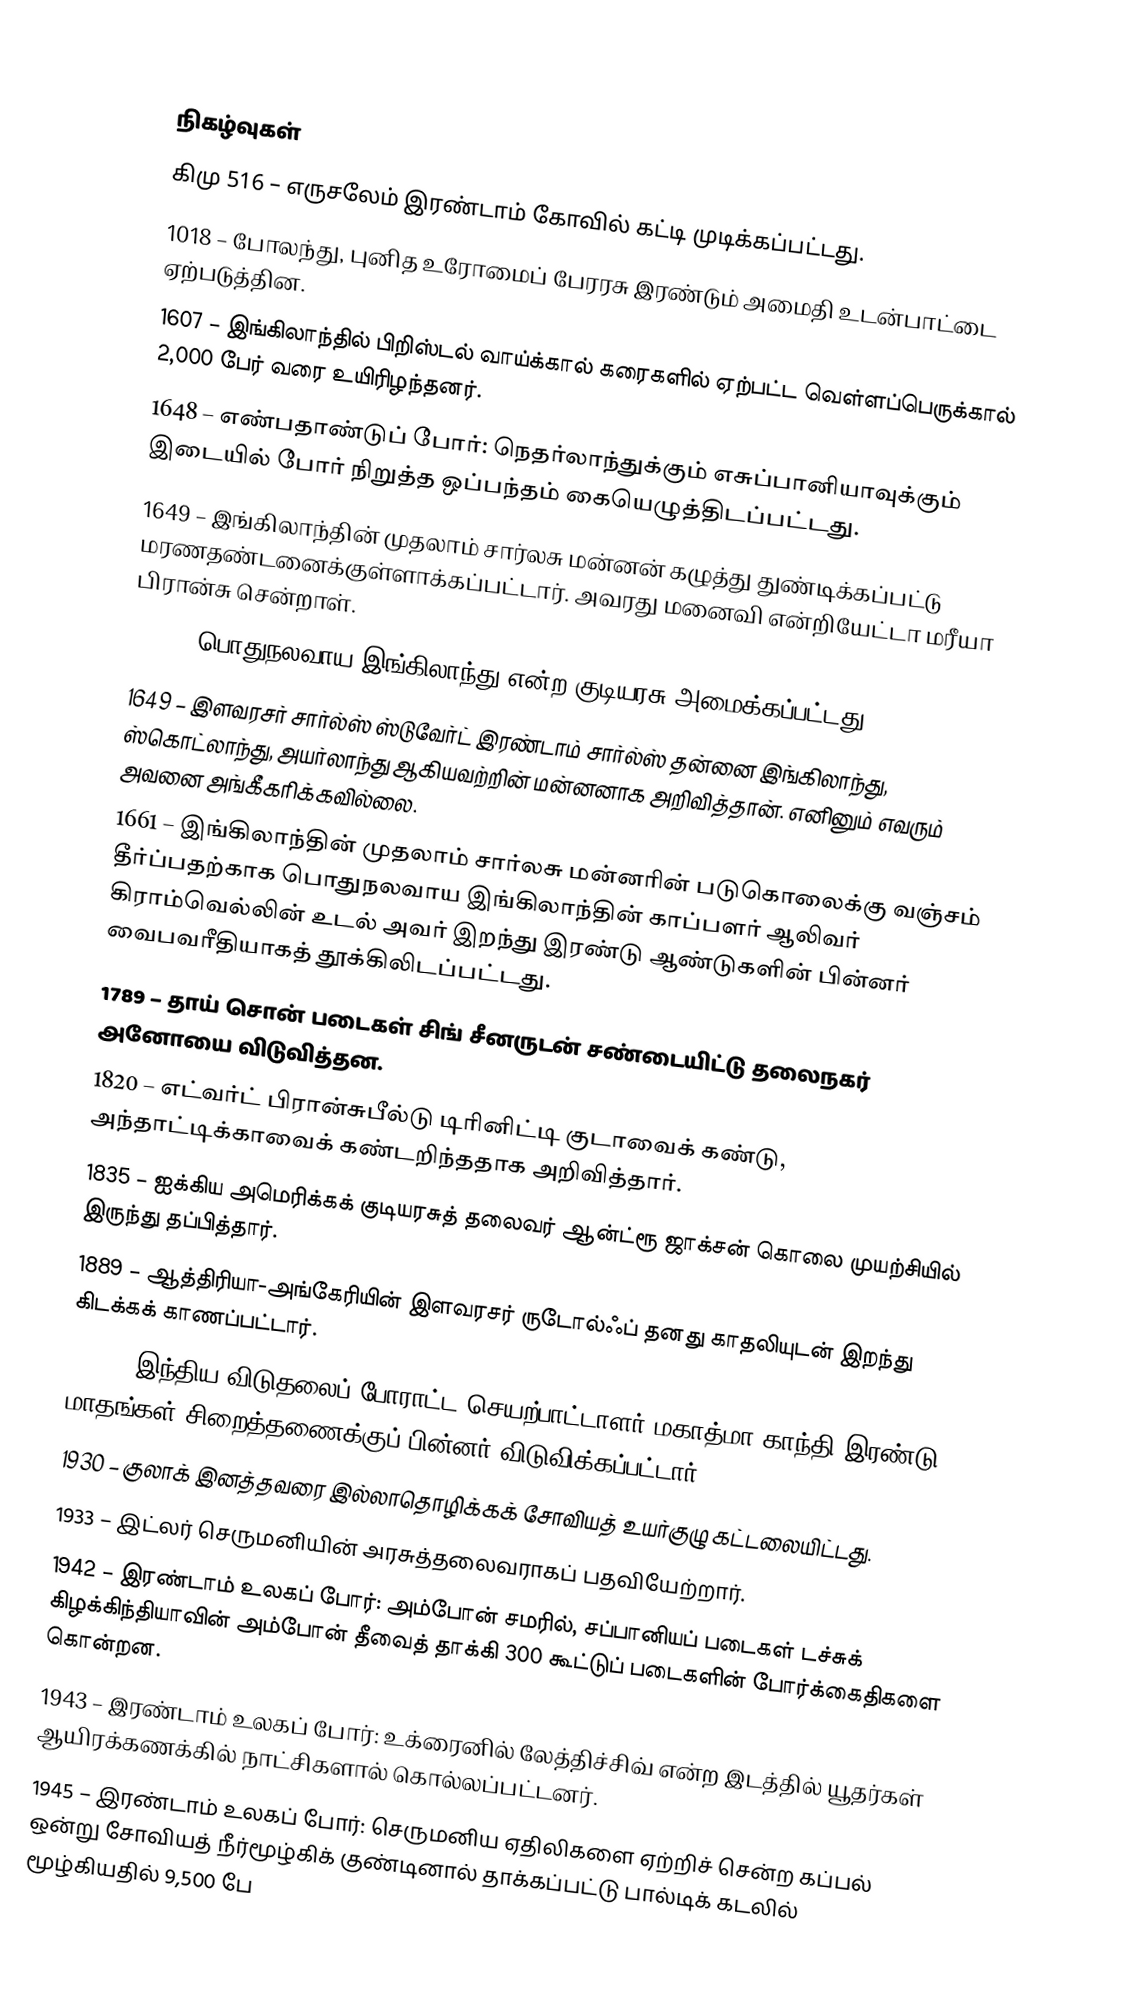

நிகழ்வுகள்
 கிமு 516 – எருசலேம் இரண்டாம் கோவில் கட்டி முடிக்கப்பட்டது.
1018 – போலந்து, புனித உரோமைப் பேரரசு இரண்டும் அமைதி உடன்பாட்டை ஏற்படுத்தின.
1607 – இங்கிலாந்தில் பிறிஸ்டல் வாய்க்கால் கரைகளில் ஏற்பட்ட வெள்ளப்பெருக்கால் 2,000 பேர் வரை உயிரிழந்தனர்.
1648 – எண்பதாண்டுப் போர்: நெதர்லாந்துக்கும் எசுப்பானியாவுக்கும் இடையில் போர் நிறுத்த ஒப்பந்தம் கையெழுத்திடப்பட்டது.
1649 – இங்கிலாந்தின் முதலாம் சார்லசு மன்னன் கழுத்து துண்டிக்கப்பட்டு மரணதண்டனைக்குள்ளாக்கப்பட்டார். அவரது மனைவி என்றியேட்டா மரீயா பிரான்சு சென்றாள்.
1649 – பொதுநலவாய இங்கிலாந்து என்ற குடியரசு அமைக்கப்பட்டது.
1649 – இளவரசர் சார்ல்ஸ் ஸ்டுவேர்ட் இரண்டாம் சார்ல்ஸ் தன்னை இங்கிலாந்து, ஸ்கொட்லாந்து, அயர்லாந்து ஆகியவற்றின் மன்னனாக அறிவித்தான். எனினும் எவரும் அவனை அங்கீகரிக்கவில்லை.
1661 – இங்கிலாந்தின் முதலாம் சார்லசு மன்னரின் படுகொலைக்கு வஞ்சம் தீர்ப்பதற்காக பொதுநலவாய இங்கிலாந்தின் காப்பளர் ஆலிவர் கிராம்வெல்லின் உடல் அவர் இறந்து இரண்டு ஆண்டுகளின் பின்னர் வைபவரீதியாகத் தூக்கிலிடப்பட்டது.
1789 – தாய் சொன் படைகள் சிங் சீனருடன் சண்டையிட்டு தலைநகர் அனோயை விடுவித்தன.
1820 – எட்வர்ட் பிரான்சுபீல்டு டிரினிட்டி குடாவைக் கண்டு, அந்தாட்டிக்காவைக் கண்டறிந்ததாக அறிவித்தார்.
1835 – ஐக்கிய அமெரிக்கக் குடியரசுத் தலைவர் ஆன்ட்ரூ ஜாக்சன் கொலை முயற்சியில் இருந்து தப்பித்தார்.
1889 – ஆத்திரியா-அங்கேரியின் இளவரசர் ருடோல்ஃப் தனது காதலியுடன் இறந்து கிடக்கக் காணப்பட்டார்.
1908 – இந்திய விடுதலைப் போராட்ட செயற்பாட்டாளர் மகாத்மா காந்தி இரண்டு மாதங்கள் சிறைத்தணைக்குப் பின்னர் விடுவிக்கப்பட்டார்.
1930 – குலாக் இனத்தவரை இல்லாதொழிக்கக் சோவியத் உயர்குழு கட்டலையிட்டது.
1933 – இட்லர் செருமனியின் அரசுத்தலைவராகப் பதவியேற்றார்.
1942 – இரண்டாம் உலகப் போர்: அம்போன் சமரில், சப்பானியப் படைகள் டச்சுக் கிழக்கிந்தியாவின் அம்போன் தீவைத் தாக்கி 300 கூட்டுப் படைகளின் போர்க்கைதிகளை கொன்றன.
1943 – இரண்டாம் உலகப் போர்: உக்ரைனில் லேத்திச்சிவ் என்ற இடத்தில் யூதர்கள் ஆயிரக்கணக்கில் நாட்சிகளால் கொல்லப்பட்டனர்.
1945 – இரண்டாம் உலகப் போர்: செருமனிய ஏதிலிகளை ஏற்றிச் சென்ற கப்பல் ஒன்று சோவியத் நீர்மூழ்கிக் குண்டினால் தாக்கப்பட்டு பால்டிக் கடலில் மூழ்கியதில் 9,500 பே